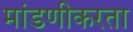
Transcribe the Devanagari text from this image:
मांडणीकरता